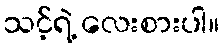
သင့်ရဲ့ လေးစားပါ။